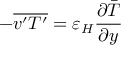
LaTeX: - { \overline { { v ^ { \prime } T ^ { \prime } } } } = \varepsilon _ { H } { \frac { \partial { \bar { T } } } { \partial y } }